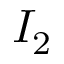
I _ { 2 }